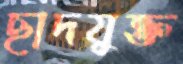
ছাদযুক্ত